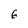
Character: 6